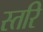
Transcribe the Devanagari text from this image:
स्तरि